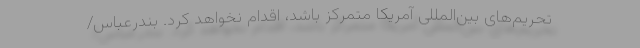
تحریم‌های بین‌المللی آمریکا متمرکز باشد، اقدام نخواهد کرد. بندرعباس/